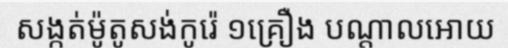
សង្កត់ម៉ូតូសង់កូរ៉េ ១គ្រឿង បណ្តាលអោយ